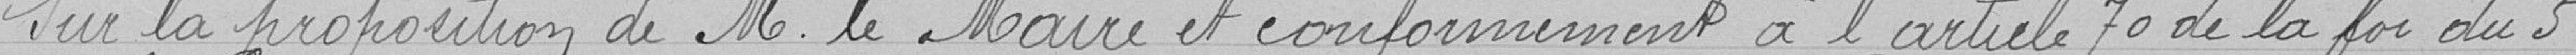
Sur la proposition de Monsieur le Maire et conformément à la loi du 5